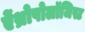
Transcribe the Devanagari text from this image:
ऐंथ्रोपोलॉजिस्ट